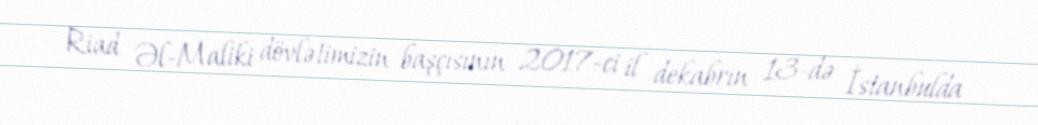
Riad Əl-Maliki dövlətimizin başçısının 2017-ci il dekabrın 13-də İstanbulda